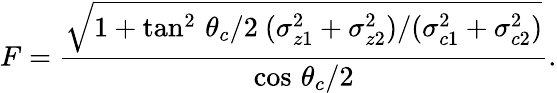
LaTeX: F=\frac{\sqrt{1+\tan^{2}\, \theta_{c}/2~(\sigma_{z1}^{2}+\sigma_{z2}^{2})/(\sigma_{c1}^{2}+\sigma_{c2}^{2})}}{\cos\, \theta_{c}/2}.